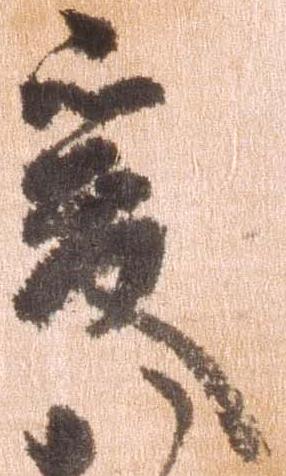
爰